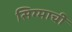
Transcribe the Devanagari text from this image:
सिग्माची